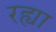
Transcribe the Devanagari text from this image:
रह्या